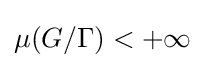
\mu (G/\Gamma )<+\infty